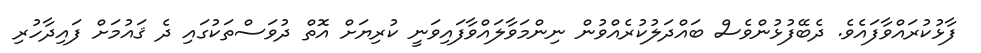
ފާޅުކުރައްވާފައެވެ. ދެބޭފުޅުންވެސް ބައްދަލުކުރެއްވުން ނިންމަވާލައްވާފައިވަނީ ކުރިޔަށް އޮތް ދުވަސްތަކުގައި ދެ ޤައުމަށް ފައިދާހުރި